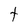
Character: t